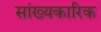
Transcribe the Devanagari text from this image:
सांख्यकारिक